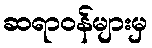
ဆရာဝန်များမှ